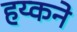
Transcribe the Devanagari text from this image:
हय्कने